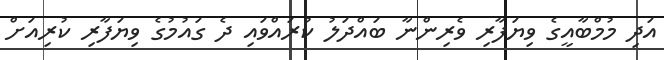
އަދި މުމްބާއީގެ ވިޔަފާރި ވެރިންނާ ބައްދަލު ކުރައްވައި ދެ ގައުމުގެ ވިޔަފާރި ކުރިއަށް